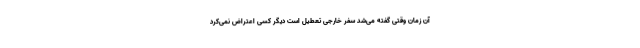
آن زمان وقتی گفته می‌شد سفر خارجی تعطیل است دیگر کسی اعتراض نمی‌کرد